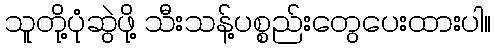
သူတို့ပုံဆွဲဖို့ သီးသန့်ပစ္စည်းတွေပေးထားပါ။